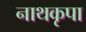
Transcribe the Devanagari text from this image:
नाथकृपा